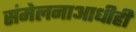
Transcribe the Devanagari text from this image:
संमेलनाआधीही